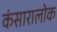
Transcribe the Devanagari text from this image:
कंसारालोक